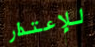
للإعتذار